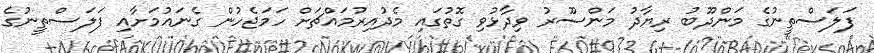
ފަލަސްތީނުގެ މަންދޫބު ރިޔާދު މަންސޫރު ވިދާޅުވި ގޮތުގައި މެދުއިރުމައްޗަށް ހަމަޖެހުން ގެނައުމަށާއި ފަލަސްތީނުގެ